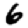
Digit: 6